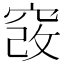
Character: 𥦄